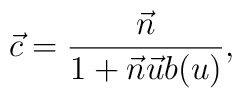
\vec{c} = \frac{\vec{n}}{1 + \vec{n} \vec{u} b(u)},